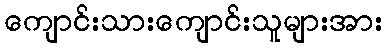
ကျောင်းသားကျောင်းသူများအား